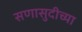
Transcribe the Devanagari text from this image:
सणासुदीच्या